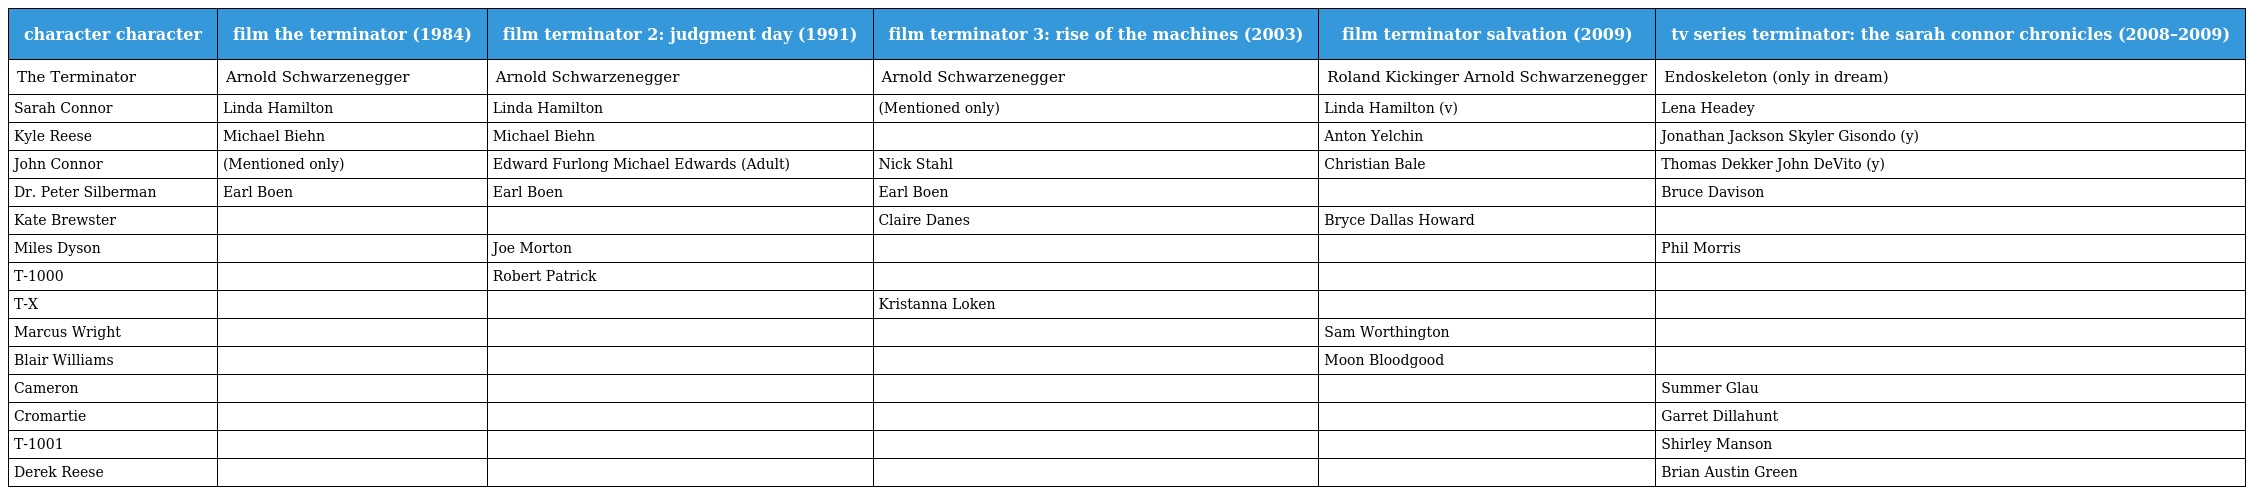
| character character | film the terminator (1984) | film terminator 2: judgment day (1991) | film terminator 3: rise of the machines (2003) | film terminator salvation (2009) | tv series terminator: the sarah connor chronicles (2008–2009) |
 | --- | --- | --- | --- | --- | --- |
 | The Terminator | Arnold Schwarzenegger | Arnold Schwarzenegger | Arnold Schwarzenegger | Roland Kickinger Arnold Schwarzenegger | Endoskeleton (only in dream) |
 | Sarah Connor | Linda Hamilton | Linda Hamilton | (Mentioned only) | Linda Hamilton (v) | Lena Headey |
 | Kyle Reese | Michael Biehn | Michael Biehn |  | Anton Yelchin | Jonathan Jackson Skyler Gisondo (y) |
 | John Connor | (Mentioned only) | Edward Furlong Michael Edwards (Adult) | Nick Stahl | Christian Bale | Thomas Dekker John DeVito (y) |
 | Dr. Peter Silberman | Earl Boen | Earl Boen | Earl Boen |  | Bruce Davison |
 | Kate Brewster |  |  | Claire Danes | Bryce Dallas Howard |  |
 | Miles Dyson |  | Joe Morton |  |  | Phil Morris |
 | T-1000 |  | Robert Patrick |  |  |  |
 | T-X |  |  | Kristanna Loken |  |  |
 | Marcus Wright |  |  |  | Sam Worthington |  |
 | Blair Williams |  |  |  | Moon Bloodgood |  |
 | Cameron |  |  |  |  | Summer Glau |
 | Cromartie |  |  |  |  | Garret Dillahunt |
 | T-1001 |  |  |  |  | Shirley Manson |
 | Derek Reese |  |  |  |  | Brian Austin Green |